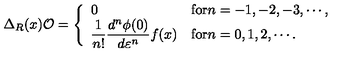
\Delta _ { R } ( x ) { \cal O } = \left\{ \begin{array} { l l } { 0 } & { \mathrm { f o r } n = - 1 , - 2 , - 3 , \cdots , \vspace { 3 m m } } \\ { \displaystyle { \frac { 1 } { n ! } \frac { d ^ { n } \phi ( 0 ) } { d \varepsilon ^ { n } } f ( x ) } } & { \mathrm { f o r } n = 0 , 1 , 2 , \cdots . } \\ \end{array} \right.